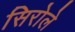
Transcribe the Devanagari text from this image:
सिरोले